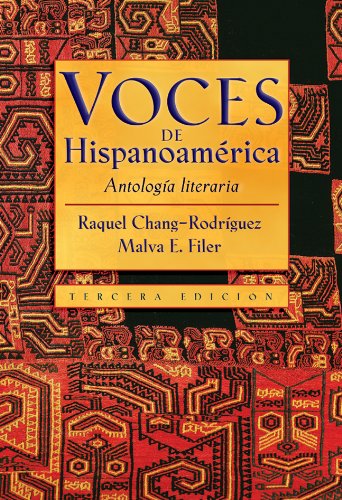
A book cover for Voces de Hispanoamerica: Antologia literaria (Spanish Edition); Literature & Fiction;